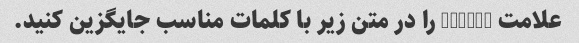
علامت <mask> را در متن زیر با کلمات مناسب جایگزین کنید.